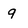
Character: q